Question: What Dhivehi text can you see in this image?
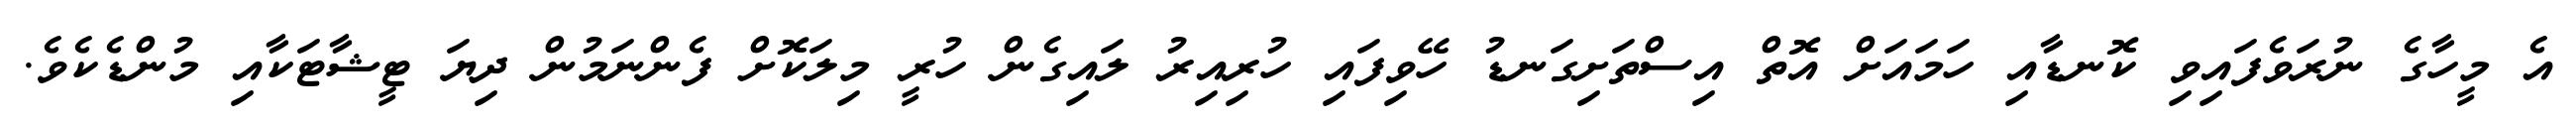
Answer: އެ މީހާގެ ނުރަވެފައިވި ކޮނޑާއި ހަމައަށް އޮތް އިސްތަށިގަނޑު ހޭވިފައި ހުރިއިރު ލައިގެން ހުރީ މިލަކޮށް ފެންނަމުން ދިޔަ ޓީޝާޓަކާއި މުންޑެކެވެ.